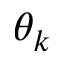
\theta _ { k }